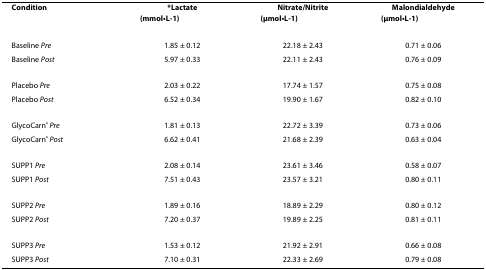
<table><thead><tr><td><b>Condition</b></td><td><b>*Lactate(mmol∙L<sup>-1</sup>)</b></td><td><b>Nitrate/Nitrite(μmol∙L<sup>-1</sup>)</b></td><td><b>Malondialdehyde(μmol∙L<sup>-1</sup>)</b></td></tr></thead><tbody><tr><td>Baseline <i>Pre</i></td><td>1.85 ± 0.12</td><td>22.18 ± 2.43</td><td>0.71 ± 0.06</td></tr><tr><td>Baseline <i>Post</i></td><td>5.97 ± 0.33</td><td>22.11 ± 2.43</td><td>0.76 ± 0.09</td></tr><tr><td>Placebo <i>Pre</i></td><td>2.03 ± 0.22</td><td>17.74 ± 1.57</td><td>0.75 ± 0.08</td></tr><tr><td>Placebo <i>Post</i></td><td>6.52 ± 0.34</td><td>19.90 ± 1.67</td><td>0.82 ± 0.10</td></tr><tr><td>GlycoCarn<sup>® </sup><i>Pre</i></td><td>1.81 ± 0.13</td><td>22.72 ± 3.39</td><td>0.73 ± 0.06</td></tr><tr><td>GlycoCarn<sup>® </sup><i>Post</i></td><td>6.62 ± 0.41</td><td>21.68 ± 2.39</td><td>0.63 ± 0.04</td></tr><tr><td>SUPP1 <i>Pre</i></td><td>2.08 ± 0.14</td><td>23.61 ± 3.46</td><td>0.58 ± 0.07</td></tr><tr><td>SUPP1 <i>Post</i></td><td>7.51 ± 0.43</td><td>23.57 ± 3.21</td><td>0.80 ± 0.11</td></tr><tr><td>SUPP2 <i>Pre</i></td><td>1.89 ± 0.16</td><td>18.89 ± 2.29</td><td>0.80 ± 0.12</td></tr><tr><td>SUPP2 <i>Post</i></td><td>7.20 ± 0.37</td><td>19.89 ± 2.25</td><td>0.81 ± 0.11</td></tr><tr><td>SUPP3 <i>Pre</i></td><td>1.53 ± 0.12</td><td>21.92 ± 2.91</td><td>0.66 ± 0.08</td></tr><tr><td>SUPP3 <i>Post</i></td><td>7.10 ± 0.31</td><td>22.33 ± 2.69</td><td>0.79 ± 0.08</td></tr></tbody></table>